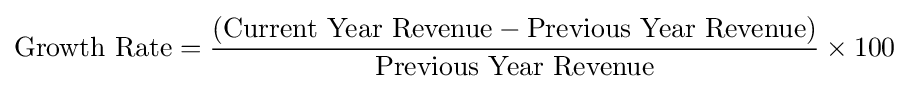
{\text{Growth Rate}}={\frac {({\text{Current Year Revenue}}-{\text{Previous Year Revenue}})}{\text{Previous Year Revenue}}}\times 100